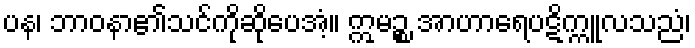
ပန၊ ဘာဝနာ၏သင်ကိုဆိုပေအံ့။ ဣမဉ္စ အာဟာရေပဋိက္ကူလသညံ၊